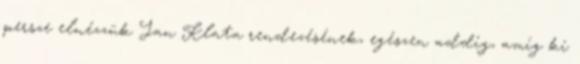
persze elnézzük Jan Klata rendezésének, egészen addig, amíg ki